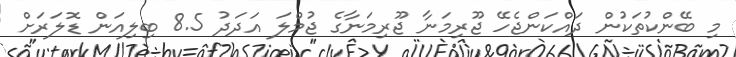
މި ބޭންކުތަކުން ދައްކަންޖެހޭ ޖޫރިމަނާ ޖޫރިމަނާގެ ޖުމްލަ އަދަދު 8.5 ބިލިއަން ޑޮލަރަށް